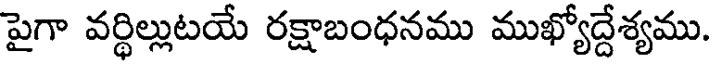
పైగా వర్థిల్లుటయే రక్షాబంధనము ముఖ్యోద్దేశ్యము.